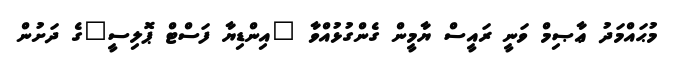
މުޙައްމަދު ޢާޞިމް ވަނީ ރައީސް ޔާމީން ގެންގުޅުއްވާ "އިންޑިޔާ ފަސްޓް ޕޮލިސީ"ގެ ދަށުން